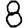
Digit: 8